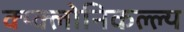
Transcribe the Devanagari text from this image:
क्य्क्लोनिकल्ल्य